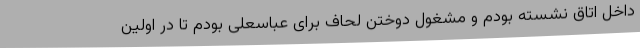
داخل اتاق نشسته بودم و مشغول دوختن لحاف برای عباسعلی بودم تا در اولین